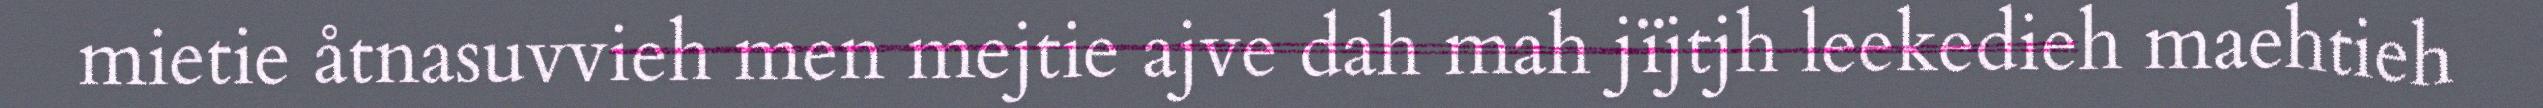
mietie åtnasuvvieh men mejtie ajve dah mah jïjtjh leekedieh maehtieh